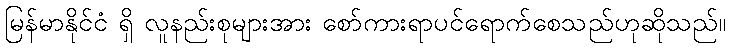
မြန်မာနိုင်ငံ ရှိ လူနည်းစုများအား စော်ကားရာပင်ရောက်စေသည်ဟုဆိုသည်။